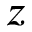
z